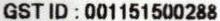
GST ID : 001151500288